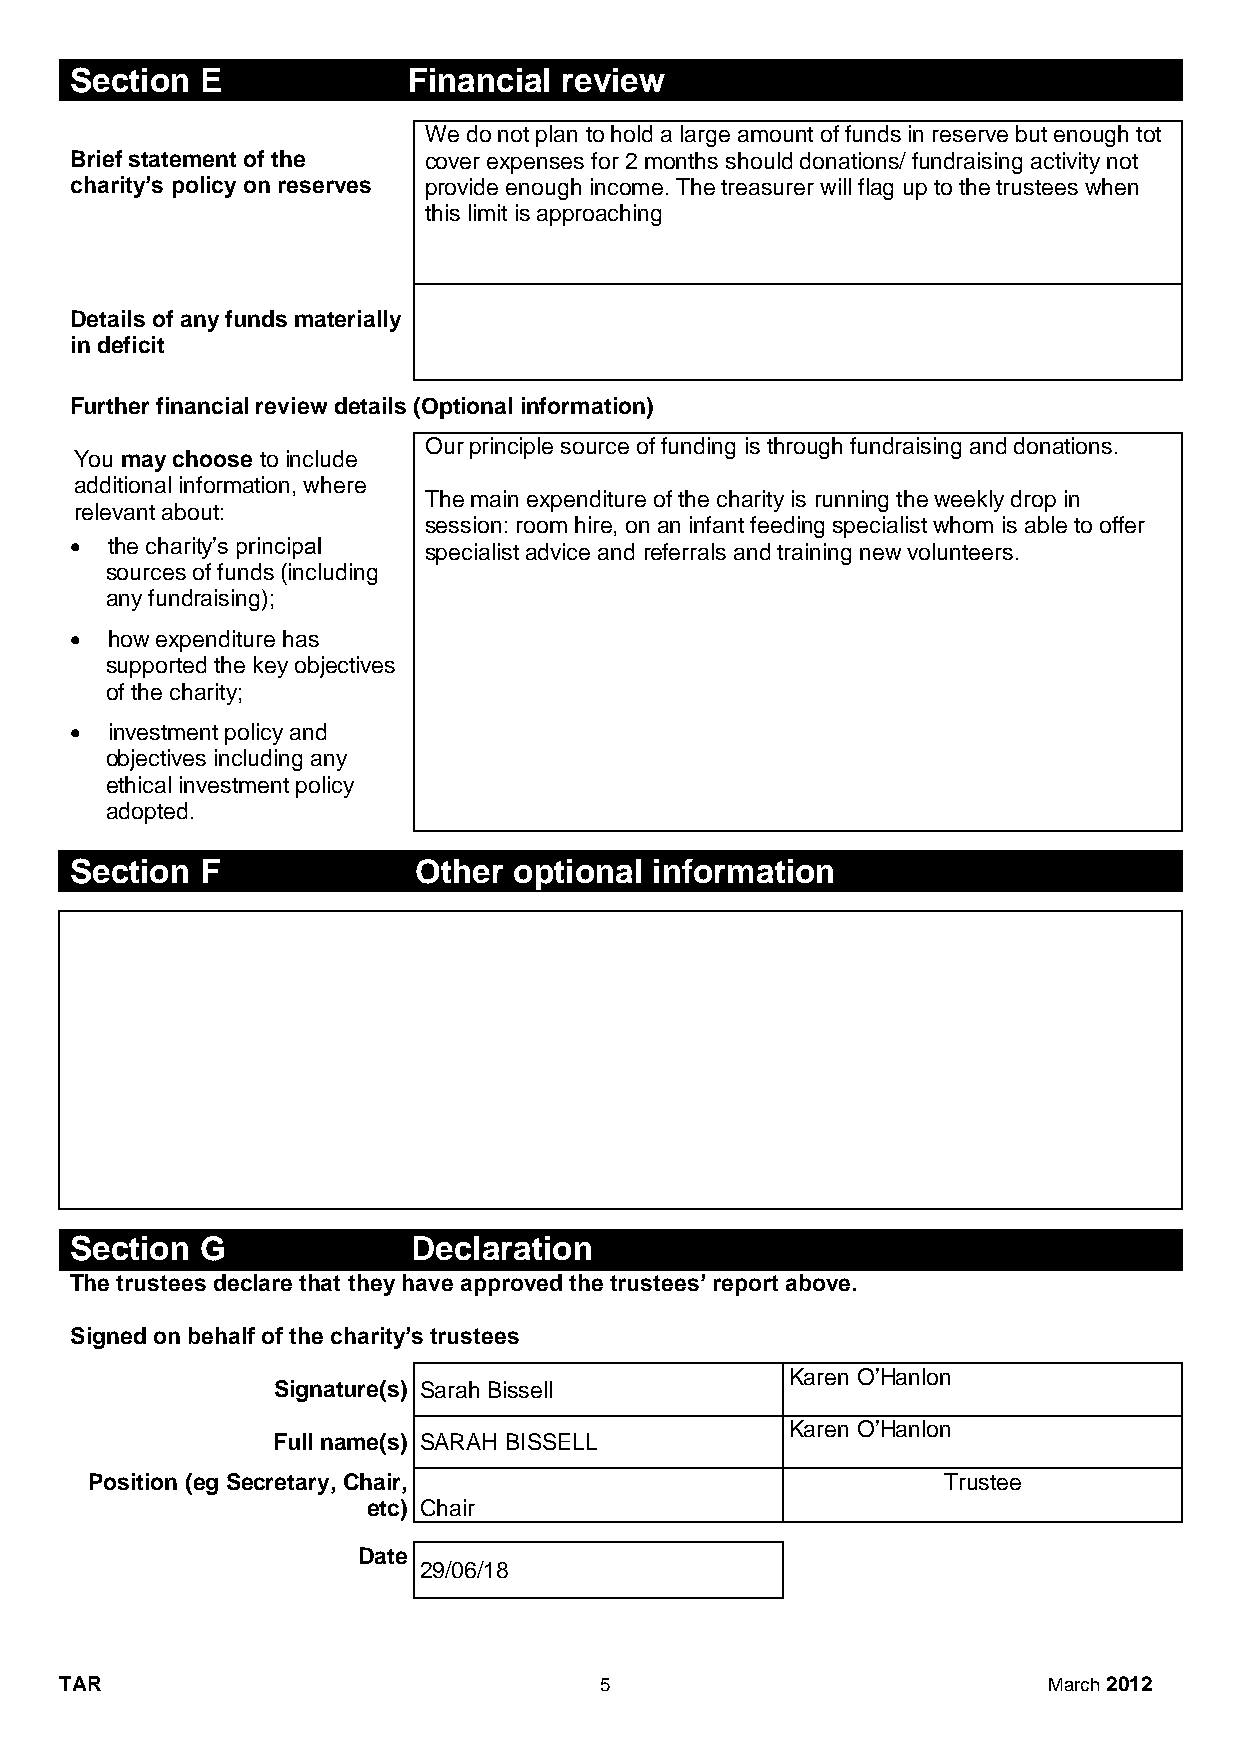
Section E             Financial review
 We do not plan to hold a large amount of funds in reserve but enough tot
 Brief statement of the cover expenses for 2 months should donations/ fundraising activity not
 charity’s policy on reserves provide enough income. The treasurer will flag up to the trustees when
 this limit is approaching
 Details of any funds materially
 in deficit
 Further financial review details (Optional information)
 Our principle source of funding is through fundraising and donations.
 You may choose to include
 additional information, where
 The main expenditure of the charity is running the weekly drop in
 relevant about:
 session: room hire, on an infant feeding specialist whom is able to offer
  the charity’s principal specialist advice and referrals and training new volunteers.
 sources of funds (including
 any fundraising);
  how expenditure has
 supported the key objectives
 of the charity;
  investment policy and
 objectives including any
 ethical investment policy
 adopted.
 Section F             Other  optional information
 Section G             Declaration
 The trustees declare that they have approved the trustees’ report above.
 Signed on behalf of the charity’s trustees
 Karen O’Hanlon
 Signature(s) Sarah Bissell
 Karen O’Hanlon
 Full name(s) SARAH BISSELL
 Position (eg Secretary, Chair,                          Trustee
 etc) Chair
 Date
 29/06/18
 TAR                                 5                            March 2012